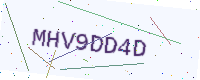
Text: MHV9DD4D